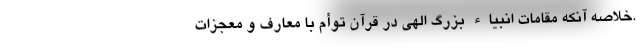
.خلاصه آنکه مقامات انبیاء بزرگ الهی در قرآن توأم با معارف و معجزات